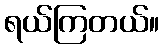
ရယ်ကြတယ်။